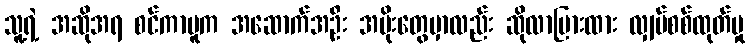
သူ့ရဲ့ အဆိုအရ စင်ကာပူက အဆောက်အဦး အမိုးတွေမှာလည်း ဆိုလာပြားထား လျှပ်စစ်ထုတ်မှု